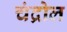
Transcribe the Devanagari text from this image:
चंद्रोल